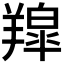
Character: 𮊳